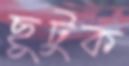
ছুটুক